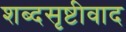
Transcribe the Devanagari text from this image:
शब्दसृष्टीवाद